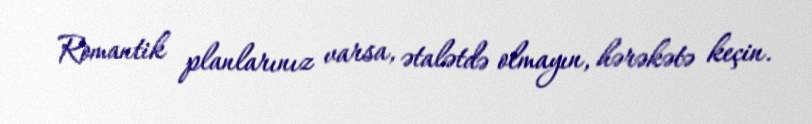
Romantik planlarınız varsa, ətalətdə olmayın, hərəkətə keçin.